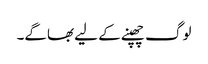
لوگ چھپنے کے لیے بھاگے۔